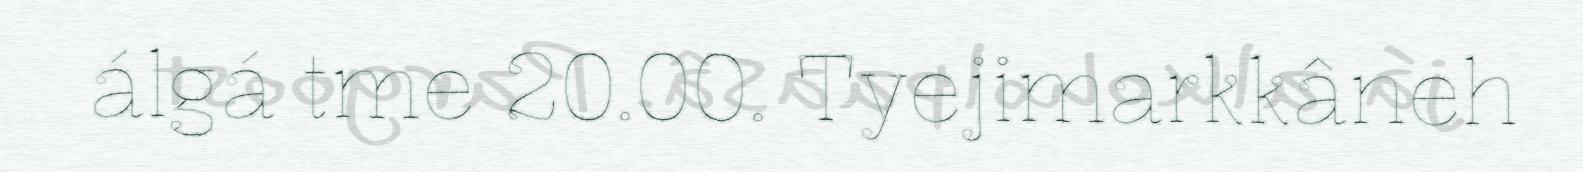
álgá tme 20.00. Tyejimarkkâneh